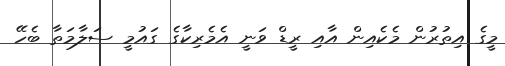
މީގެ އިތުރުން މެކެއިން އާއި ރީޑް ވަނީ އެމެރިކާގެ ގައުމީ ސަލާމަތާ ބެހޭ